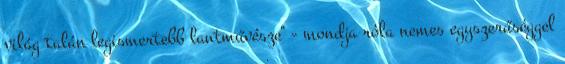
világ talán legismertebb lantművésze" - mondja róla nemes egyszerűséggel